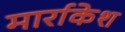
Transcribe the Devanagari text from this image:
मार्राकेश